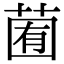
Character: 𦳩